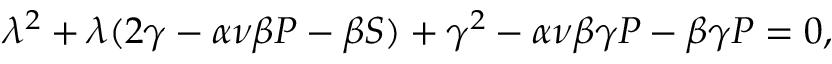
\lambda ^ { 2 } + \lambda ( 2 \gamma - \alpha \nu \beta P - \beta S ) + \gamma ^ { 2 } - \alpha \nu \beta \gamma P - \beta \gamma P = 0 ,